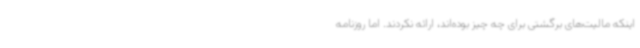
اینکه مالیت‌های برگشتی برای چه چیز بوده‌اند، ارائه نکردند. اما روزنامه